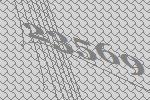
23569